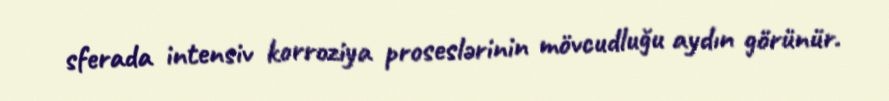
sferada intensiv korroziya proseslərinin mövcudluğu aydın görünür.